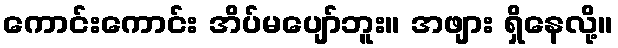
ကောင်းကောင်း အိပ်မပျော်ဘူး။ အဖျား ရှိနေလို့။